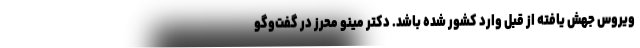
ویروس جهش یافته از قبل وارد کشور شده باشد. دکتر مینو محرز در گفت‌وگو